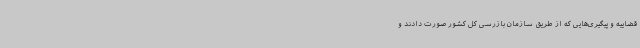
قضاییه و پیگیری‌هایی که از طریق سازمان بازرسی کل کشور صورت دادند و